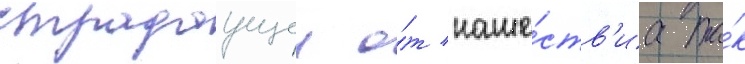
страдаущеи о́т наше́ств'иа та́к